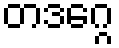
တဒဂ္ဂေ